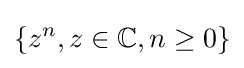
\{z^{n},z\in \mathbb {C} ,n\geq 0\}